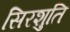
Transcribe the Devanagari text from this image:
सिरशुति